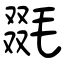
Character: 毲